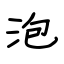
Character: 泡